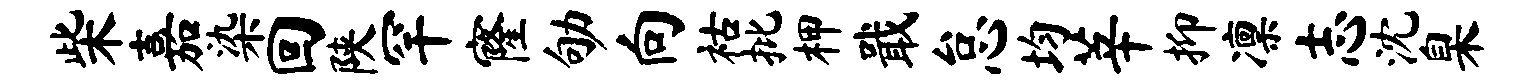
柴嘉染回陕罕窿劬向祜批柙戢怠均莘抑凛志沈臬